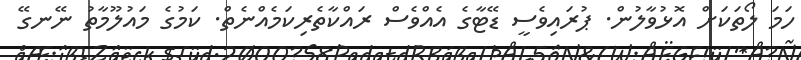
ހަމަ ލޯތަކަށް އޮޅުވާލުން. ޕުރައިވެސީ ޑޭޓާގެ އެއްވެސް ރައްކާތެރިކަމެއްނެތް. ކަމުގެ މައުލޫމާތު ނޭނގޭ